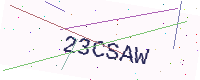
Text: 23CSAW